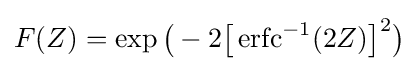
F(Z)=\exp {\bigl (}-2{\bigl [}\operatorname {erfc} ^{-1}(2Z){\bigr ]}^{2}{\bigr )}